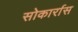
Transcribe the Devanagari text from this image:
सोकार्रास